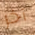
آخر